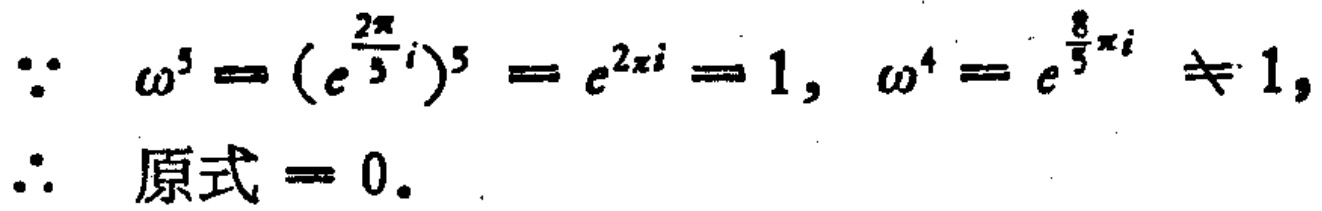
\(\because \omega^{5}=(e^{\frac{2\pi}{5}i})^{5}=e^{2\pi i}=1,\omega^{4}=e^{\frac{8}{5}\pi i}\neq1,\\

\therefore 原式 = 0.\)